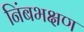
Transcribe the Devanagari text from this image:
निंबभक्षण